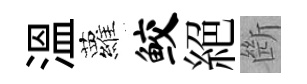
溫蘿鲛絕㫁